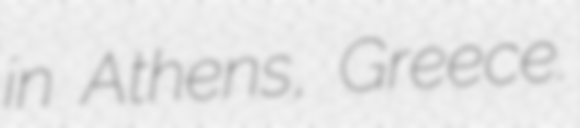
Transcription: in Athens, Greece.